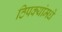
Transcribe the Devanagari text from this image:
ठिपक्यांमधे